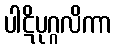
ပါဋိပုဂ္ဂလိကာ